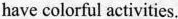
have colorful activities.